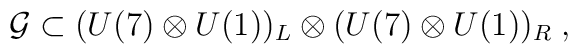
{\cal{G}} \subset (U(7) \otimes U(1))_L \otimes (U(7) \otimes U(1))_R \;,